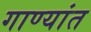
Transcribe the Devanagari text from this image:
गाण्यांत